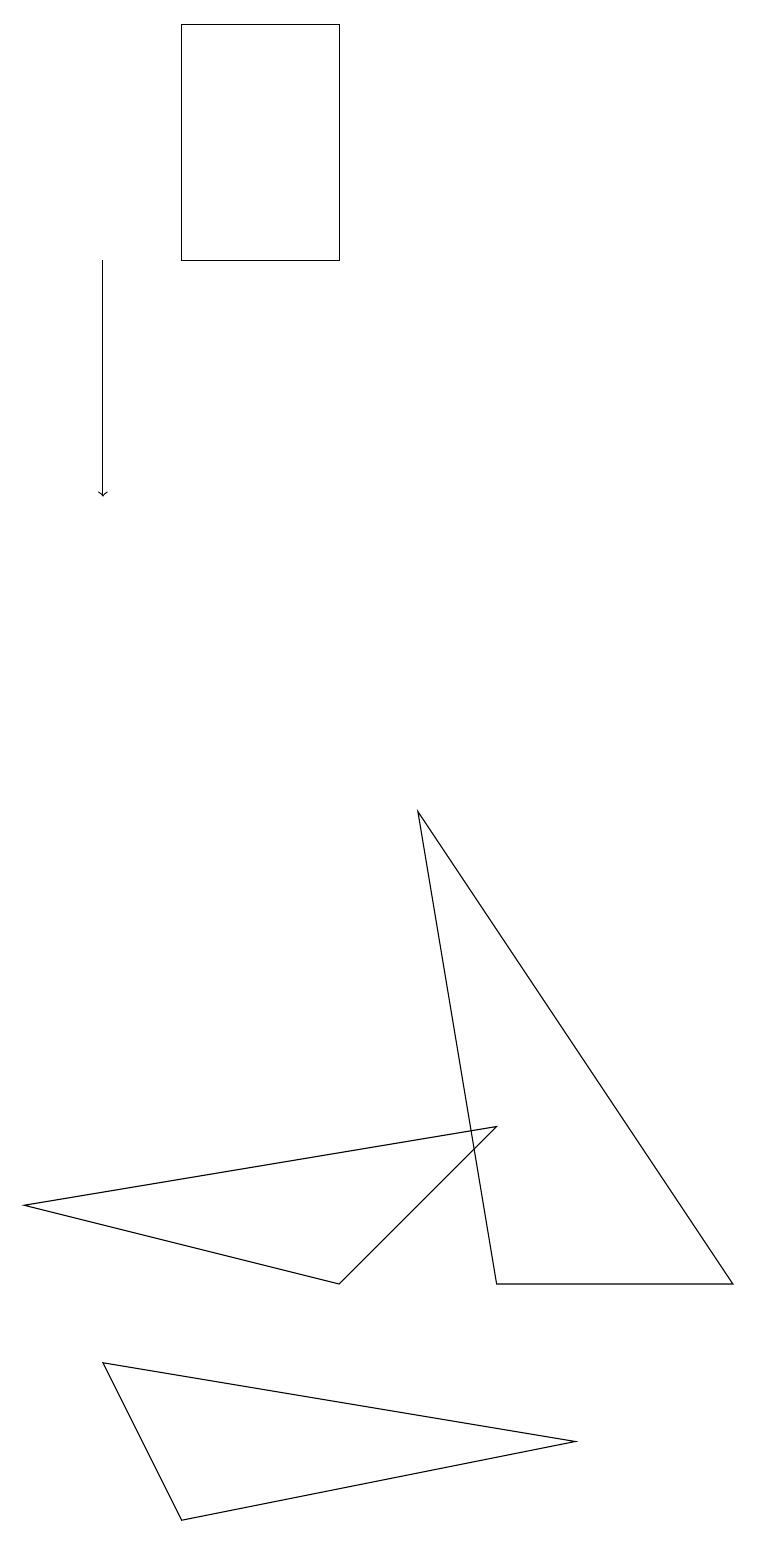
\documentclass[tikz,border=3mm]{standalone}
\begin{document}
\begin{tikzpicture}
\draw (4,19) rectangle (2,16);
\draw (6,5) -- (4,3) -- (0,4) -- cycle;
\draw (6,3) -- (9,3) -- (5,9) -- cycle;
\draw (7,1) -- (1,2) -- (2,0) -- cycle;
\draw[->] (1,16) -- (1,13);
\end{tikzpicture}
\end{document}